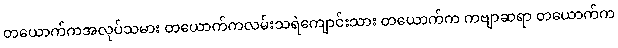
တယောက်ကအလုပ်သမား တယောက်ကလမ်းသရဲကျောင်းသား တယောက်က ကဗျာဆရာ တယောက်က